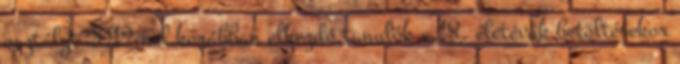
osztályt 2012-nél korábban elkezdő tanulók a 18. életévük betöltésekor